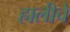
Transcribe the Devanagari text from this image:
हालीचे